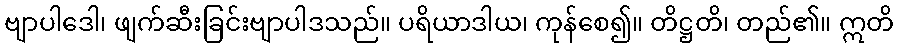
ဗျာပါဒေါ၊ ဖျက်ဆီးခြင်းဗျာပါဒသည်။ ပရိယာဒါယ၊ ကုန်စေ၍။ တိဋ္ဌတိ၊ တည်၏။ ဣတိ